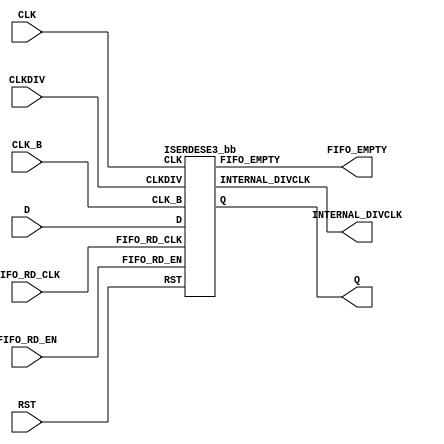
///////////////////////////////////////////////////////////////////////////////
//  Copyright (c) 1995/2015 Xilinx, Inc.
//  All Right Reserved.
///////////////////////////////////////////////////////////////////////////////
//
//   ____   ___
//  /   /\/   / 
// /___/  \  /     Vendor      : Xilinx 
// \   \   \/      Version     : 2015.4
//  \   \          Description : Xilinx Formal Library Component
//  /   /                        
// /___/   /\      Filename    : ISERDESE3.v
// \   \  /  \ 
//  \___\/\___\                    
//                                 
///////////////////////////////////////////////////////////////////////////////
//  Revision:
//    10/31/14 - Added inverter functionality for IS_*_INVERTED parameter (CR 828995).
//  End Revision:
///////////////////////////////////////////////////////////////////////////////

`timescale 1 ps / 1 ps 

`celldefine

module ISERDESE3 #(
  `ifdef XIL_TIMING //Simprim 
  parameter LOC = "UNPLACED",  
  `endif
  parameter integer DATA_WIDTH = 8,
  parameter DDR_CLK_EDGE = "OPPOSITE_EDGE",
  parameter FIFO_ENABLE = "FALSE",
  parameter FIFO_SYNC_MODE = "FALSE",
  parameter IDDR_MODE = "FALSE",
  parameter [0:0] IS_CLK_B_INVERTED = 1'b0,
  parameter [0:0] IS_CLK_INVERTED = 1'b0,
  parameter [0:0] IS_RST_INVERTED = 1'b0,
  parameter SIM_DEVICE = "ULTRASCALE",
  parameter real SIM_VERSION = 2.0
)(
  output FIFO_EMPTY,
  output INTERNAL_DIVCLK,
  output [7:0] Q,

  input CLK,
  input CLKDIV,
  input CLK_B,
  input D,
  input FIFO_RD_CLK,
  input FIFO_RD_EN,
  input RST
);

   wire CLK_B_in;
   wire CLK_in;
   wire RST_in;
   
   assign CLK_B_in = CLK_B ^ IS_CLK_B_INVERTED;
   assign CLK_in = CLK ^ IS_CLK_INVERTED;
   assign RST_in = RST ^ IS_RST_INVERTED;
   
   ISERDESE3_bb inst_bb (
             .FIFO_EMPTY(FIFO_EMPTY),
             .INTERNAL_DIVCLK(INTERNAL_DIVCLK),
             .Q(Q),
             .CLK(CLK_in),
             .CLKDIV(CLKDIV),
             .CLK_B(CLK_B_in),
             .D(D),
             .FIFO_RD_CLK(FIFO_RD_CLK),
             .FIFO_RD_EN(FIFO_RD_EN),
             .RST(RST_in)
             );

endmodule

module ISERDESE3_bb (
  output FIFO_EMPTY,
  output INTERNAL_DIVCLK,
  output [7:0] Q,

  input CLK,
  input CLKDIV,
  input CLK_B,
  input D,
  input FIFO_RD_CLK,
  input FIFO_RD_EN,
  input RST
);

endmodule

`endcelldefine